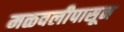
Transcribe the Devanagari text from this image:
मळवलीपासून